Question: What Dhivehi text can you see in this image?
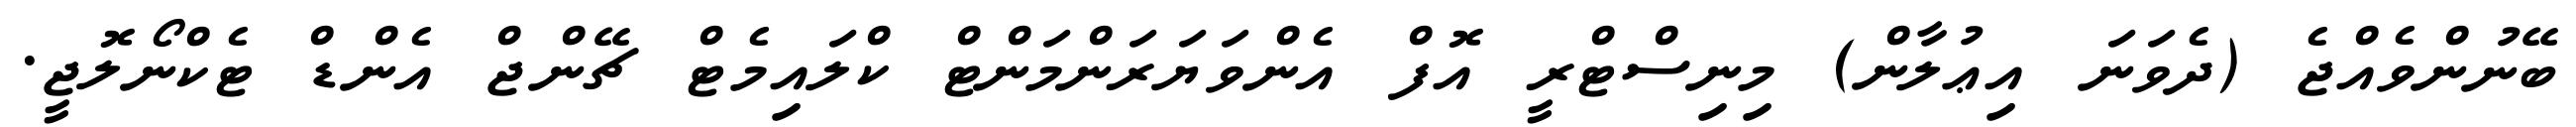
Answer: ބޭނުންވެއްޖެ (ދެވަނަ އިޢުލާން) މިނިސްޓްރީ އޮފް އެންވަޔަރަންމަންޓް ކްލައިމެޓް ޗޭންޖް އެންޑް ޓެކްނޯލޮޖީ.